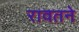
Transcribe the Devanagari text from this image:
रावतने